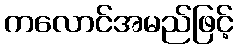
ကလောင်အမည်ဖြင့်